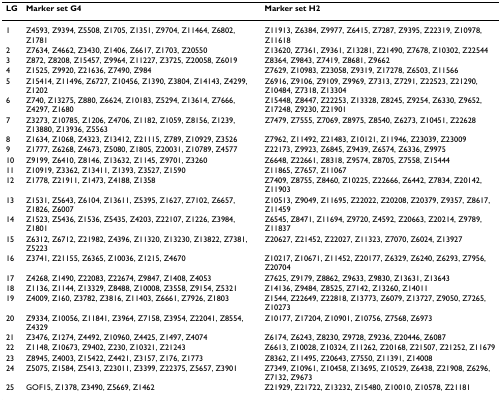
<table><thead><tr><td><b>LG</b></td><td><b>Marker set G4</b></td><td><b>Marker set H2</b></td></tr></thead><tbody><tr><td>1</td><td>Z4593, Z9394, Z5508, Z1705, Z1351, Z9704, Z11464, Z6802, Z1781</td><td>Z11913, Z6384, Z9977, Z6415, Z7287, Z9395, Z22319, Z10978, Z11618</td></tr><tr><td>2</td><td>Z7634, Z4662, Z3430, Z1406, Z6617, Z1703, Z20550</td><td>Z13620, Z7361, Z9361, Z13281, Z21490, Z7678, Z10302, Z22544</td></tr><tr><td>3</td><td>Z872, Z8208, Z15457, Z9964, Z11227, Z3725, Z20058, Z6019</td><td>Z8364, Z9843, Z7419, Z8681, Z9662</td></tr><tr><td>4</td><td>Z1525, Z9920, Z21636, Z7490, Z984</td><td>Z7629, Z10983, Z23058, Z9319, Z17278, Z6503, Z11566</td></tr><tr><td>5</td><td>Z15414, Z11496, Z6727, Z10456, Z1390, Z3804, Z14143, Z4299, Z1202</td><td>Z6916, Z9106, Z9109, Z9969, Z7313, Z7291, Z22523, Z21290, Z10484, Z7318, Z13304</td></tr><tr><td>6</td><td>Z740, Z13275, Z880, Z6624, Z10183, Z5294, Z13614, Z7666, Z4297, Z1680</td><td>Z15448, Z8447, Z22253, Z13328, Z8245, Z9254, Z6330, Z9652, Z17248, Z9230, Z21901</td></tr><tr><td>7</td><td>Z3273, Z10785, Z1206, Z4706, Z1182, Z1059, Z8156, Z1239, Z13880, Z13936, Z5563</td><td>Z7479, Z7555, Z7069, Z8975, Z8540, Z6273, Z10451, Z22628</td></tr><tr><td>8</td><td>Z1634, Z1068, Z4323, Z13412, Z21115, Z789, Z10929, Z3526</td><td>Z7962, Z11492, Z21483, Z10121, Z11946, Z23039, Z23009</td></tr><tr><td>9</td><td>Z1777, Z6268, Z4673, Z5080, Z1805, Z20031, Z10789, Z4577</td><td>Z22173, Z9923, Z6845, Z9439, Z6574, Z6336, Z9975</td></tr><tr><td>10</td><td>Z9199, Z6410, Z8146, Z13632, Z1145, Z9701, Z3260</td><td>Z6648, Z22661, Z8318, Z9574, Z8705, Z7558, Z15444</td></tr><tr><td>11</td><td>Z10919, Z3362, Z13411, Z1393, Z3527, Z1590</td><td>Z11865, Z7657, Z11067</td></tr><tr><td>12</td><td>Z1778, Z21911, Z1473, Z4188, Z1358</td><td>Z7409, Z8755, Z8460, Z10225, Z22666, Z6442, Z7834, Z20142, Z11903</td></tr><tr><td>13</td><td>Z1531, Z5643, Z6104, Z13611, Z5395, Z1627, Z7102, Z6657, Z1826, Z6007</td><td>Z10513, Z9049, Z11695, Z22022, Z20208, Z20379, Z9357, Z8617, Z11459</td></tr><tr><td>14</td><td>Z1523, Z5436, Z1536, Z5435, Z4203, Z22107, Z1226, Z3984, Z1801</td><td>Z6545, Z8471, Z11694, Z9720, Z4592, Z20663, Z20214, Z9789, Z11837</td></tr><tr><td>15</td><td>Z6312, Z6712, Z21982, Z4396, Z11320, Z13230, Z13822, Z7381, Z5223</td><td>Z20627, Z21452, Z22027, Z11323, Z7070, Z6024, Z13927</td></tr><tr><td>16</td><td>Z3741, Z21155, Z6365, Z10036, Z1215, Z4670</td><td>Z10217, Z10671, Z11452, Z20177, Z6329, Z6240, Z6293, Z7956, Z20704</td></tr><tr><td>17</td><td>Z4268, Z1490, Z22083, Z22674, Z9847, Z1408, Z4053</td><td>Z7625, Z9179, Z8862, Z9633, Z9830, Z13631, Z13643</td></tr><tr><td>18</td><td>Z1136, Z1144, Z13329, Z8488, Z10008, Z3558, Z9154, Z5321</td><td>Z14136, Z9484, Z8525, Z7142, Z13260, Z14011</td></tr><tr><td>19</td><td>Z4009, Z160, Z3782, Z3816, Z11403, Z6661, Z7926, Z1803</td><td>Z1544, Z22649, Z22818, Z13773, Z6079, Z13727, Z9050, Z7265, Z10273</td></tr><tr><td>20</td><td>Z9334, Z10056, Z11841, Z3964, Z7158, Z3954, Z22041, Z8554, Z4329</td><td>Z10177, Z17204, Z10901, Z10756, Z7568, Z6973</td></tr><tr><td>21</td><td>Z3476, Z1274, Z4492, Z10960, Z4425, Z1497, Z4074</td><td>Z6174, Z6243, Z8230, Z9728, Z9236, Z20446, Z6087</td></tr><tr><td>22</td><td>Z1148, Z10673, Z9402, Z230, Z10321, Z21243</td><td>Z6613, Z10028, Z10324, Z11262, Z20168, Z21507, Z21252, Z11679</td></tr><tr><td>23</td><td>Z8945, Z4003, Z15422, Z4421, Z3157, Z176, Z1773</td><td>Z8362, Z11495, Z20643, Z7550, Z11391, Z14008</td></tr><tr><td>24</td><td>Z5075, Z1584, Z5413, Z23011, Z3399, Z22375, Z5657, Z3901</td><td>Z7349, Z10961, Z10458, Z13695, Z10529, Z6438, Z21908, Z6296, Z7132, Z9673</td></tr><tr><td>25</td><td>GOF15, Z1378, Z3490, Z5669, Z1462</td><td>Z21929, Z21722, Z13232, Z15480, Z10010, Z10578, Z21181</td></tr></tbody></table>